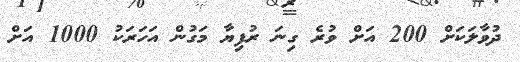
ދުވާލަކަށް 200 އަށް ވުރެ ގިނަ ރުފިޔާ މަގުން އަހަރަކު 1000 އަށް